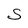
Character: S